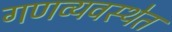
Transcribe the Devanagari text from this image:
गणव्यवस्थेत